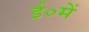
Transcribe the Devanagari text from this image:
ई०में